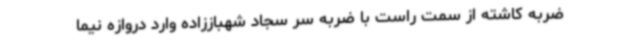
ضربه کاشته از سمت راست با ضربه سر سجاد شهباززاده وارد دروازه نیما